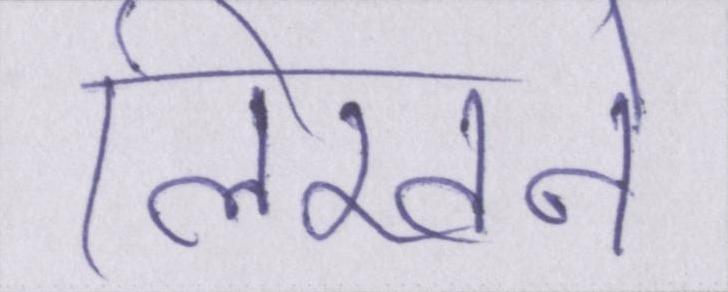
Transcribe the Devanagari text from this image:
लिखने